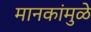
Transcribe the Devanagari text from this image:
मानकांमुळे